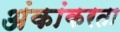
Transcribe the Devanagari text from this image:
अंकांकरता